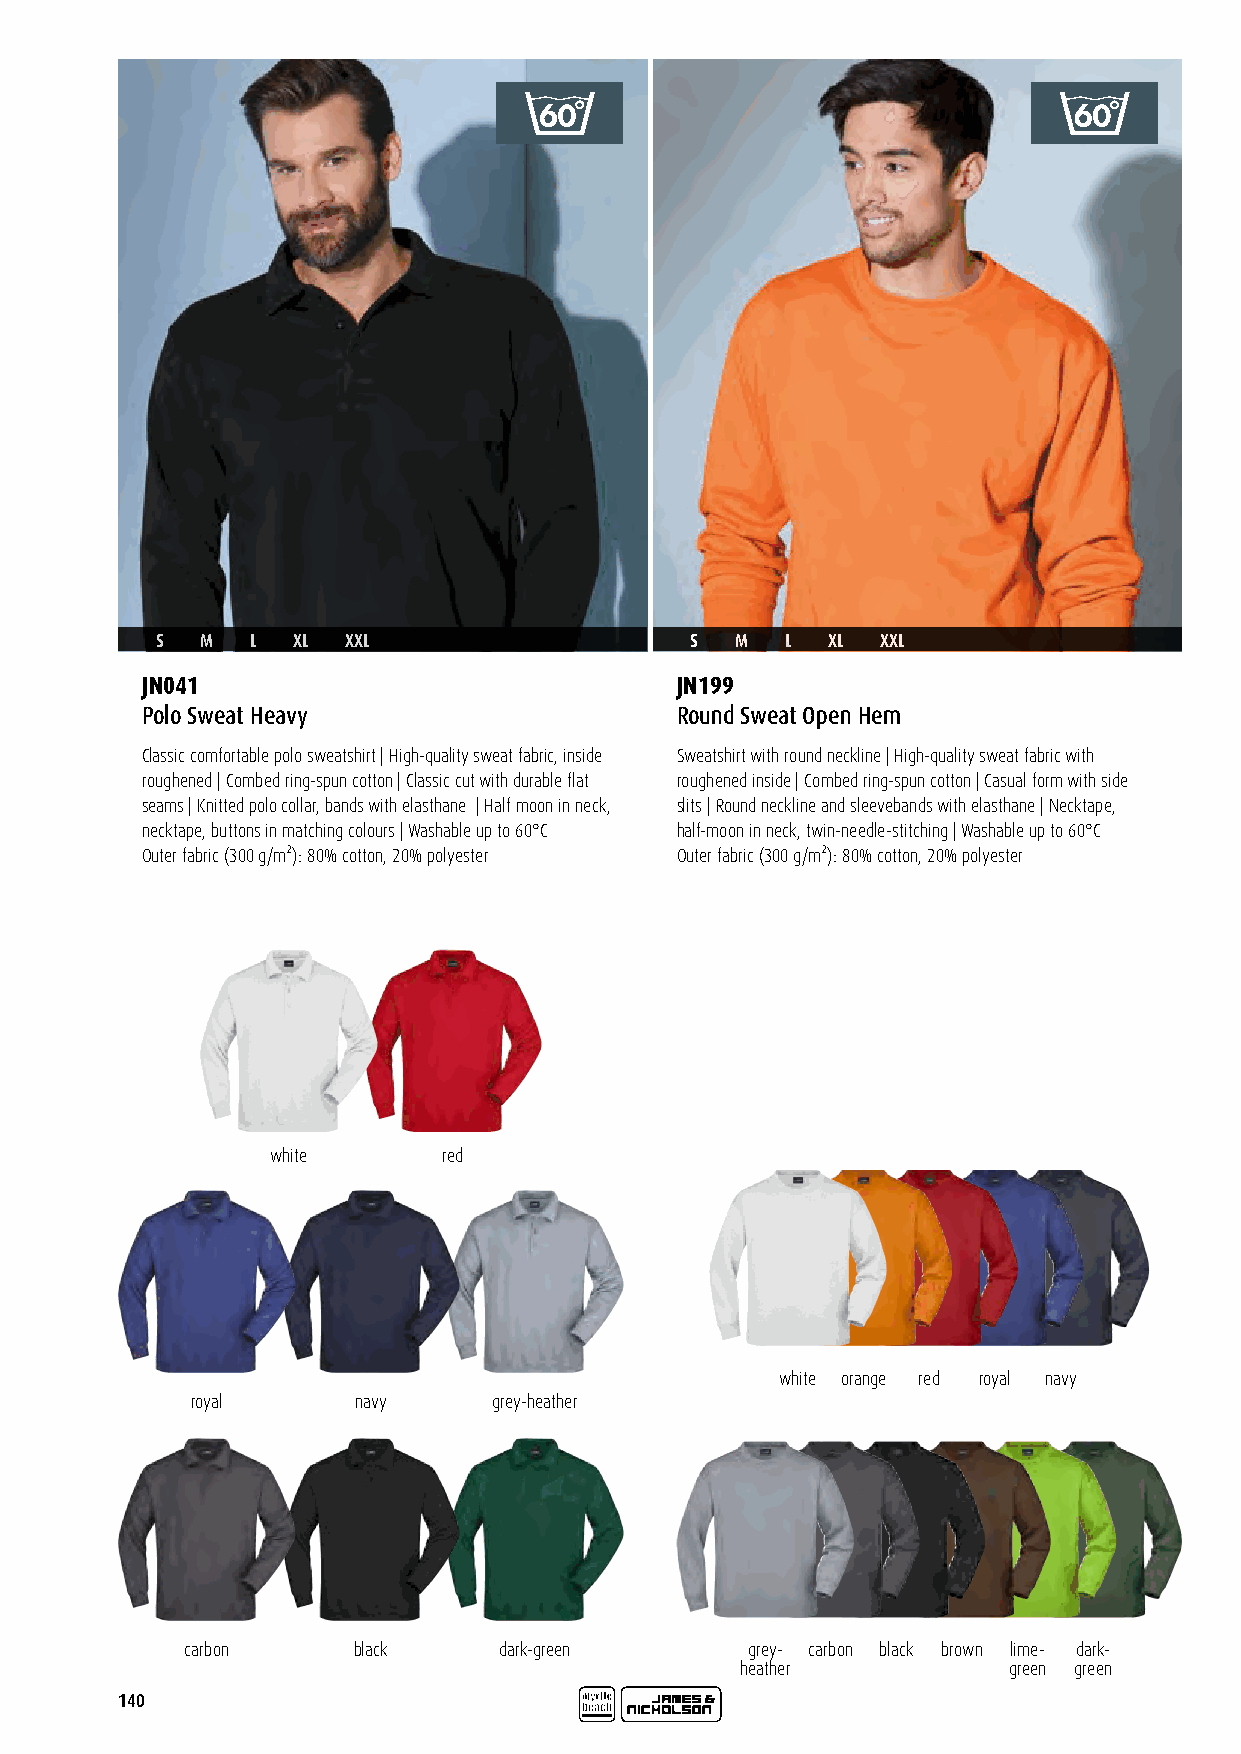
S  M   L XL  XXL                    S  M  L  XL XXL
 JN041                               JN199
 Polo Sweat Heavy                    Round Sweat Open Hem
 Classic comfortable polo sweatshirt | High-quality sweat fabric, inside Sweatshirt with round neckline | High-quality sweat fabric with
 roughened | Combed ring-spun cotton | Classic cut with durable flat roughened inside | Combed ring-spun cotton | Casual form with side
 seams | Knitted polo collar, bands with elasthane | Half moon in neck, slits | Round neckline and sleevebands with elasthane | Necktape,
 necktape, buttons in matching colours | Washable up to 60°C half-moon in neck, twin-needle-stitching | Washable up to 60°C
 Outer fabric (300 g/m²): 80% cotton, 20% polyester Outer fabric (300 g/m²): 80% cotton, 20% polyester
 white      red
 white orange red royal navy
 royal     navy      grey-heather
 carbon     black     dark-green      grey- carbon black brown lime- dark-
 heather           green green
 140